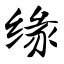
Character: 缘